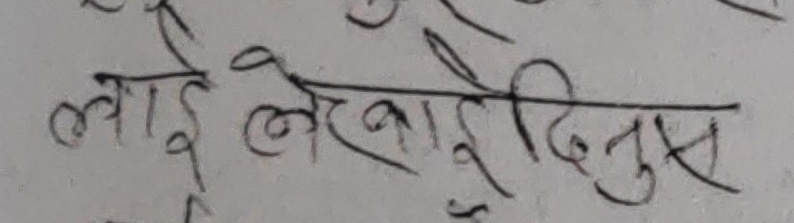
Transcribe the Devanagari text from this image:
लाई लेखादिनुस्